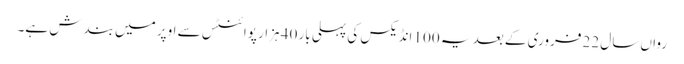
رواں سال 22 فروری کے بعد یہ 100 انڈیکس کی پہلی بار 40 ہزار پوائنٹس سے اوپر میں بندش ہے۔